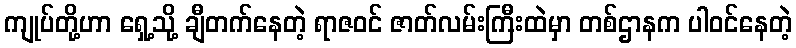
ကျုပ်တို့ဟာ ရှေ့သို့ ချီတက်နေတဲ့ ရာဇဝင် ဇာတ်လမ်းကြီးထဲမှာ တစ်ဌာနက ပါဝင်နေတဲ့